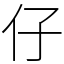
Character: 仔